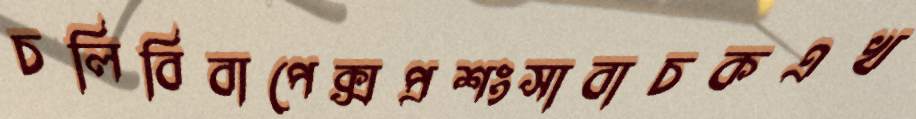
চলিবিবাপেক্সপ্রশংসাবাচকএখ